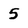
Character: 5